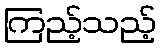
ကြည့်သည့်